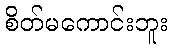
စိတ်မကောင်းဘူး